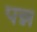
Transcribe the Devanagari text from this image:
पन्न